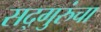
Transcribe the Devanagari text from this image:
सद्गुरुंचा